Report of the Indian Hemp Drugs Commission, 1894-1895 - Volume VI
Year: 1894
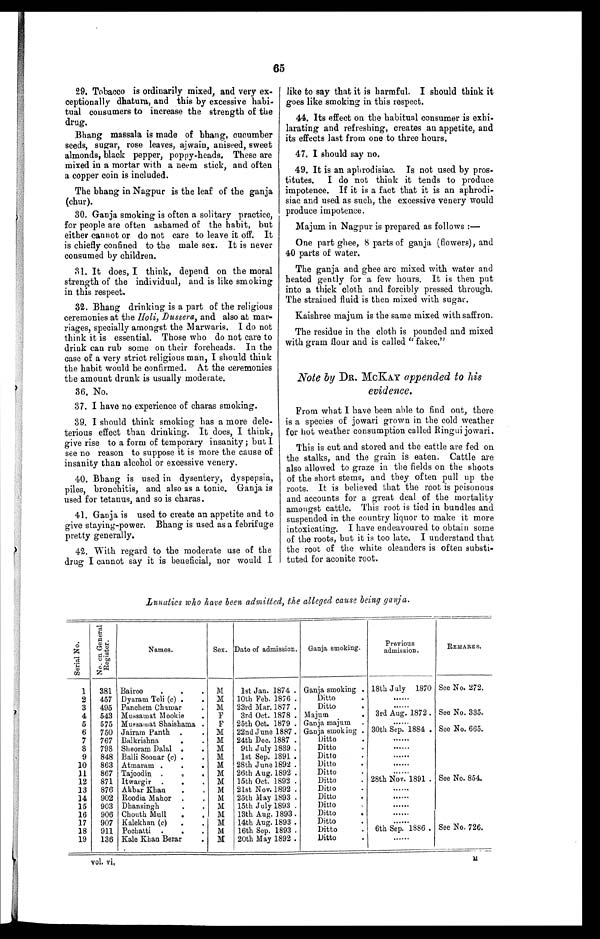
65
29. Tobacco is ordinarily mixed, and very ex-
ceptionally dhatura, and this by excessive habi-
tual consumers to increase the strength of the
drug.
Bhang massala is made of bhang, cucumber
seeds, sugar, rose leaves, ajwain, aniseed, sweet
almonds, black pepper, poppy-heads. These are
mixed in a mortar with a neem stick, and often
a copper coin is included.
The bhang in Nagpur is the leaf of the ganja
(chur).
30. Ganja smoking is often a solitary practice,
for people are often ashamed of the habit, but
either cannot or do not care to leave it off. It
is chiefly confined to the male sex. It is never
consumed by children.
31. It does, I think, depend on the moral
strength of the individual, and is like smoking
in this respect.
32. Bhang drinking is a part of the religious
ceremonies at the Holi, Dussera, and also at mar-
riages, specially amongst the Marwaris. I do not
think it is essential. Those who do not care to
drink can rub some on their foreheads. In the
case of a very strict religious man, I should think
the habit would be confirmed. At the ceremonies
the amount drunk is usually moderate.
36. No.
37. I have no experience of charas smoking.
39. I should think smoking has a more dele-
terious effect than drinking. It does, I think,
give rise to a form of temporary insanity; but I
see no reason to suppose it is more the cause of
insanity than alcohol or excessive venery.
40. Bhang is used in dysentery, dyspepsia,
piles, bronchitis, and also as a tonic. Ganja is
used for tetanus, and so is charas.
41. Ganja is used to create an appetite and to
give staying-power. Bhang is used as a febrifuge
pretty generally.
42. With regard to the moderate use of the
drug I cannot say it is beneficial, nor would I
Lunatics who have been, admitted, the alleged cause being ganja.
S e r i a l N o .
N o . o n G e n e r a l R e g i s t e r .
Names.
Sex. Date of admission. Ganja smoking.
Previous
admi s s i on.
REMARKS.
1
381 Bairoo
.
.
.
M
1st Jan. 1874 . Ganja smoking . 18th July 1870 See No. 272.
2
457 Dyaram Teli (c) .
.
M
10th Feb. 1876 .
Ditto
.
......
3
495 Panchem Chamar
.
M
23rd Mar. 1877 .
Ditto
.
......
4
543 Mussamat Mookie
.
F
3rd Oct. 1878 . Majum
. 3rd Aug. 1872 . See No. 335.
5
575 Mussamat Shaishama .
F
25th Oct. 1879 . Ganja majum .
....
6
750 Jairam Panth .
. M
22nd June 1887 . Ganja smoking . 30th Sep. 1884 . See No. 665.
7
767 Balkrishna
.
.
M
24th Dec. 1887 .
Ditto
.
......
8
798 Sheoram Dalal .
.
M
9th July 1889 .
Ditto
.
.....
9
848 Balli Soonar ( c ) .
.
M
1st Sep. 1891 .
Ditto
.
....
10
863 Atmaram .
.
.
M
28th June 1892 .
Ditto
.
......
11
867 Tajoodin .
.
.
M 26th Aug. 1892 .
Ditto
.
......
12
871 Itwargir .
. .
M
15th Oct. 1892 .
Ditto
. 28th Nov. 1891 . See No. 854.
13
876 Akbar Khan
.
.
M
21st Nov. 1892 .
Ditto
.
......
14
902 Roodia Mahor .
.
M
25th May 1893 .
Ditto
.
......
15
903 Dhansingh
. . M
15th July 1893 .
Ditto
......
16
906 Chouth Mull
.
.
M
13th Aug. 1893 .
Ditto
......
17
907 Kalekhan (c )
.
.
M
14th Aug. 1893 .
Ditto
.....
18
911 Pochatti .
.
.
M
16th Sep. 1893 .
Ditto
6th Sep. 1886 . See No. 726.
19
136 Kale Khan Berar
.
M
20th May 1892 .
Ditto
.
......
vol. vi,
like to say that it is harmful. I should think it
goes like smoking in this respect.
44. Its effect on the habitual consumer is exhi-
larating and refreshing, creates an appetite, and
its effects last from one to three hours.
47. I should say no.
49. It is an aphrodisiac. Is not used by pros-
titutes. I do not think it tends to produce
impotence. If it is a fact that it is an aphrodi-
siac and used as such, the excessive venery would
produce impotence.
Majum in Nagpur is prepared as follows:
—
One part ghee, 8 parts of ganja (flowers), and
40 parts of water.
The ganja and ghee are mixed with water and
heated gently for a few hours. It is then put
into a thick cloth and forcibly pressed through.
The strained fluid is then mixed with sugar.
Kaishree majum is the same mixed with saffron.
The residue in the cloth is pounded and mixed
with gram flour and is called " fakee,"
Note by DR. MCKAY appended to his
evidence.
From what I have been able to find out, there
is a species of jowari grown in the cold weather
for hot weather consumption called Ringui jowari.
This is cut and stored and the cattle are fed on
the stalks, and the grain is eaten. Cattle are
also allowed to graze in the fields on the shoots
of the short stems, and they often pull up the
roots. It is believed that the root is poisonous
and accounts for a great deal of the mortality
amongst cattle. This root is tied in bundles and
suspended in the country liquor to make it more
intoxicating. I have endeavoured to obtain some
of the roots, but it is too late. I understand that
the root of the white oleanders is often substi
-
tuted for aconite root.